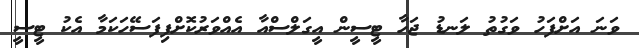
ވަނަ އަށްފަހު ވަގުތު ލަނޑު ޖަހާ ޓީސީން އީގަލްސްއާ އެއްވަރުކޮށްފިފަސޭހަކަމާ އެކު ޓީސީ